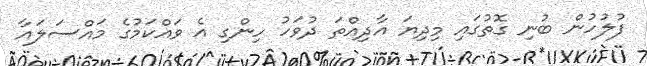
ފުލުހުން ބުނި ގޮތުގައި މިދިޔަ އާދިއްތަ ދުވަހު ހިންގި އެ ވައްކަމުގެ މައްސަލައާ